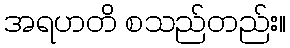
အရဟတိ စသည်တည်း။